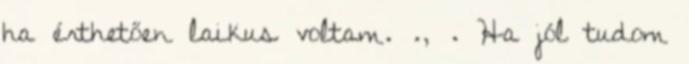
ha érthetően laikus voltam. ., . Ha jól tudom